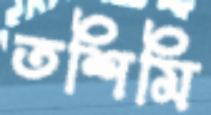
তশিমি